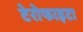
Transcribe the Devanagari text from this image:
टेरोफाइटा